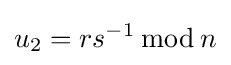
u_{2}=rs^{-1}\,{\bmod {\,}}n